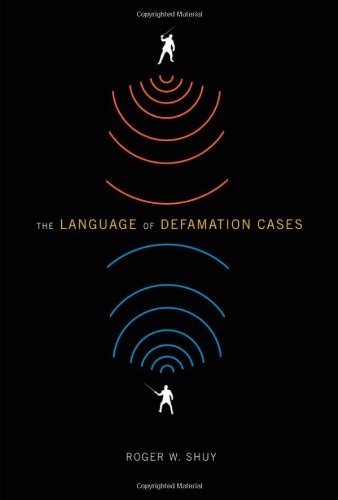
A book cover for The Language of Defamation Cases; Roger W. Shuy; Law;